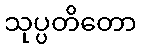
သုပ္ပတိတော